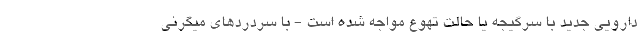
دارویی جدید با سرگیجه یا حالت تهوع مواجه شده است - با سردردهای میگرنی